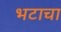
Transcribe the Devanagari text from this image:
भटाचा